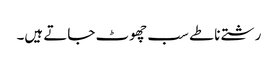
رشتے ناطے سب چھوٹ جاتے ہیں۔